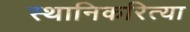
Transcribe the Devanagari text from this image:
स्थानिकरित्या